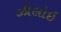
ઝીલોઇ